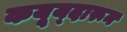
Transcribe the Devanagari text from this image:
कयूय्दारून